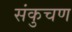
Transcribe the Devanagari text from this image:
संकुचण